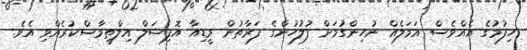
ހިފުމުގެ އެއްވެސް އަމަލެއް ނުހިންގުމަށް ފުލުހުންގެ ފަރާތުން މީޑިއާ އޮފިޝަލް އިލްތިމާސްކުރެއްވި އެވެ.